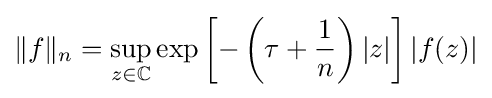
\|f\|_{n}=\sup _{z\in \mathbb {C} }\exp \left[-\left(\tau +{\frac {1}{n}}\right)|z|\right]|f(z)|